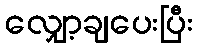
လျှော့ချပေးပြီး